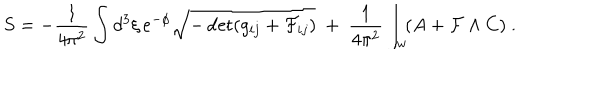
LaTeX: S = - { \frac { 1 } { 4 \pi ^ { 2 } } } \int d ^ { 3 } \xi \, e ^ { - \phi } \sqrt { - \det ( g _ { i j } + { \cal F } _ { i j } ) } \ + \ { \frac { 1 } { 4 \pi ^ { 2 } } } \int _ { w } \! ( A + { \cal F } \wedge C ) \ .